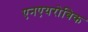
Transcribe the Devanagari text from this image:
एनएयरोबिक